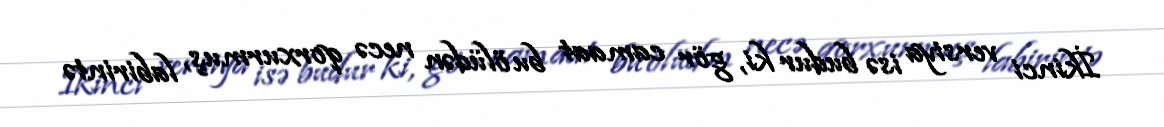
İkinci versiya isə budur ki, gör camaat bu ölüdən necə qorxurmuş, labirintə